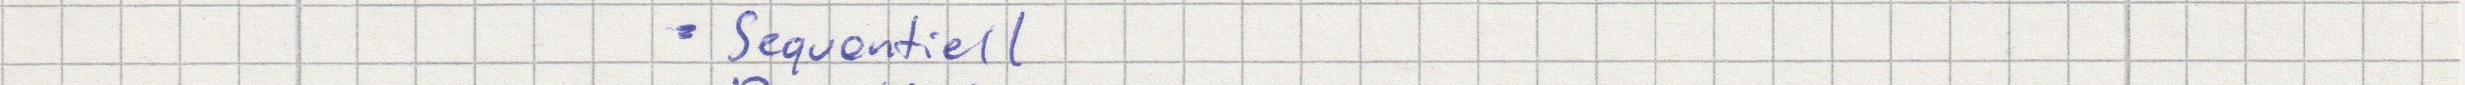
- Sequentiell